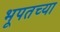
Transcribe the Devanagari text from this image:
भूपतच्या